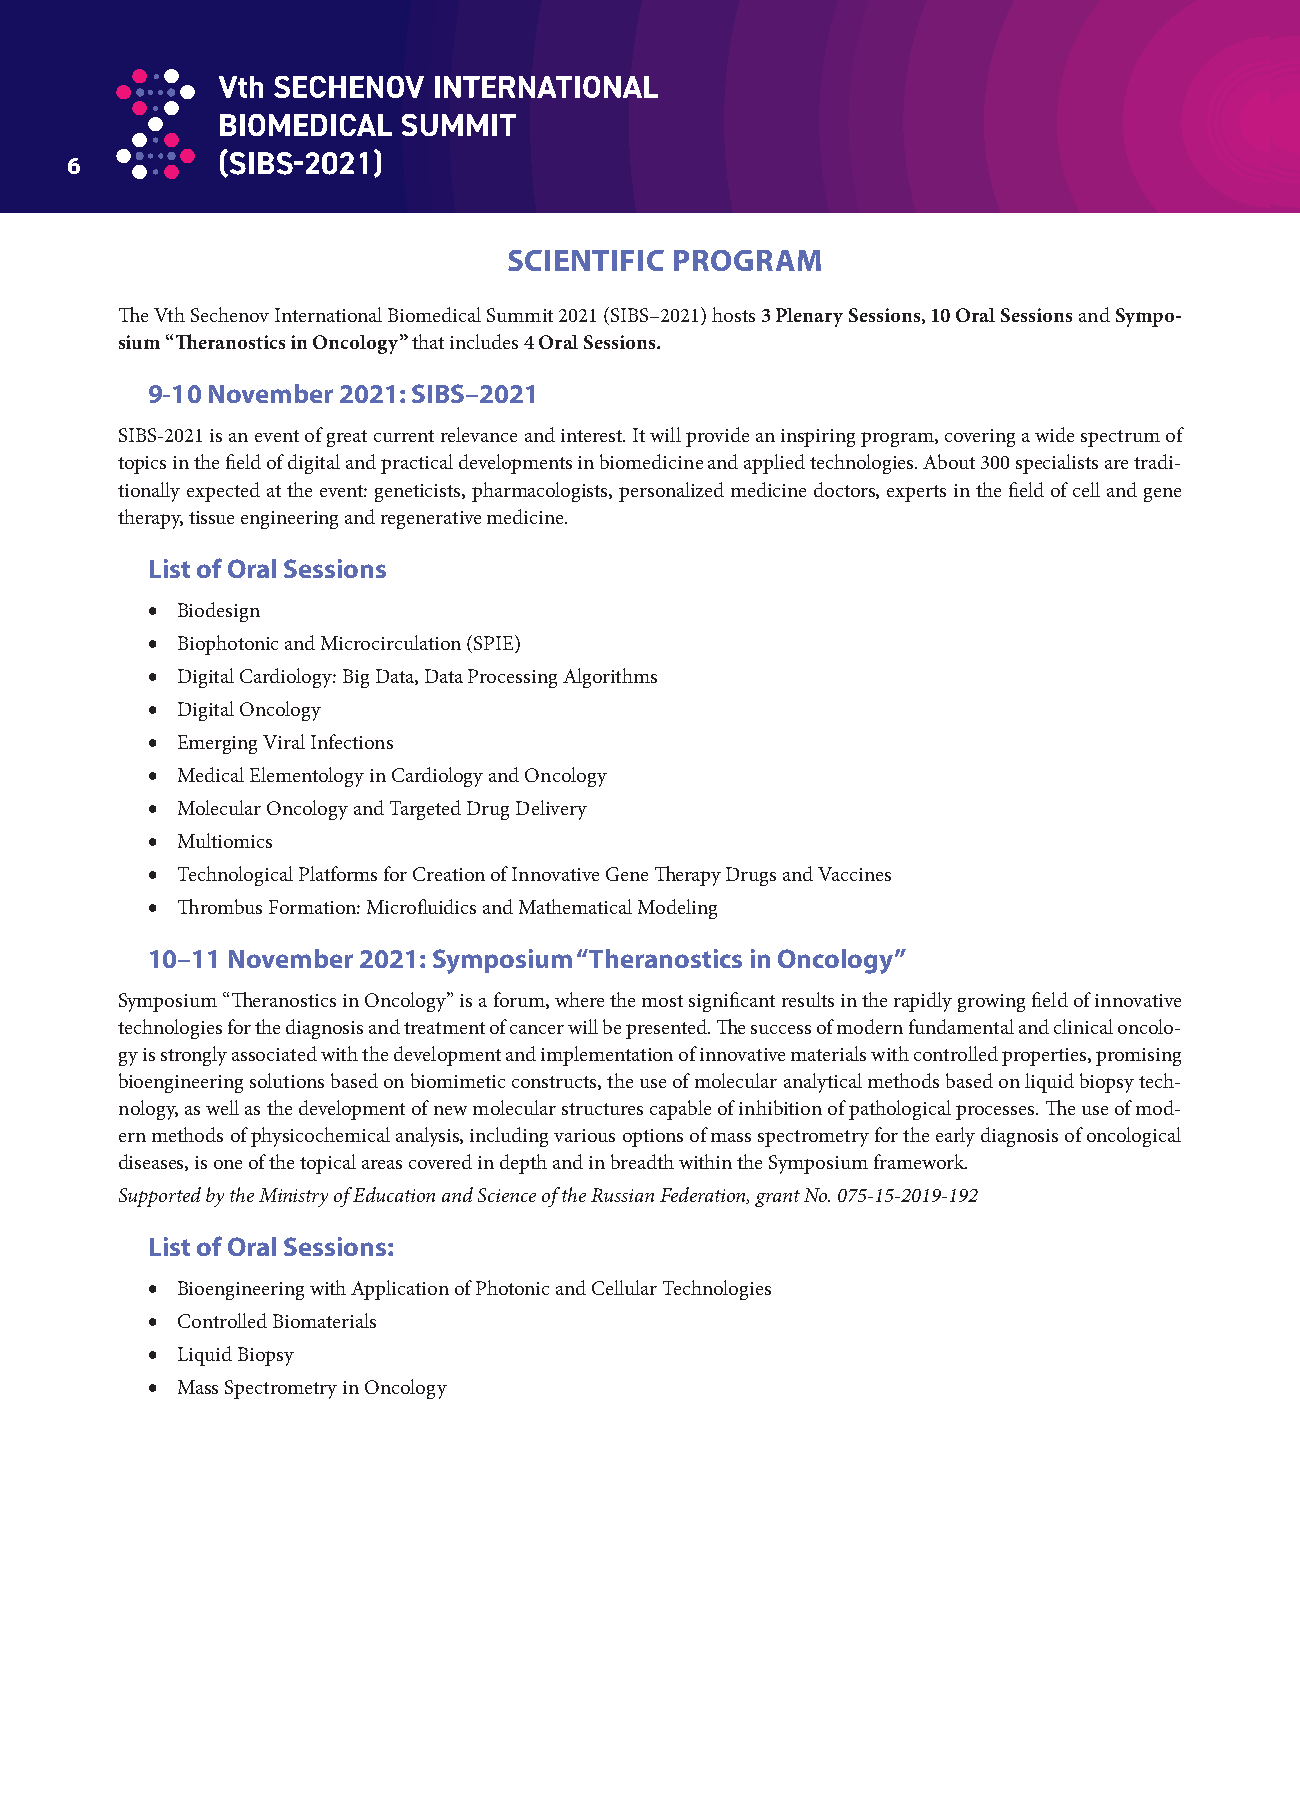
6
 SCIENTIFIC PROGRAM
 Th e Vth Sechenov International Biomedical Summit 2021 (SIBS–2021) hosts 3 Plenary Sessions, 10 Oral Sessions and Sympo-
 sium “Th eranostics in Oncology” that includes 4 Oral Sessions.
 9-10 November 2021: SIBS–2021
 SIBS-2021 is an event of great current relevance and interest. It will provide an inspiring program, covering a wide spectrum of
 topics in the fi eld of digital and practical developments in biomedicine and applied technologies. About 300 specialists are tradi-
 tionally expected at the event: geneticists, pharmacologists, personalized medicine doctors, experts in the fi eld of cell and gene
 therapy, tissue engineering and regenerative medicine.
 List of Oral Sessions
  Biodesign
  Biophotonic and Microcirculation (SPIE)
  Digital Cardiology: Big Data, Data Processing Algorithms
  Digital Oncology
  Emerging Viral Infections
  Medical Elementology in Cardiology and Oncology
  Molecular Oncology and Targeted Drug Delivery
  Multiomics
  Technological Platforms for Creation of Innovative Gene Th erapy Drugs and Vaccines
  Th rombus Formation: Microfl uidics and Mathematical Modeling
 10–11 November 2021: Symposium “Theranostics in Oncology”
 Symposium “Th eranostics in Oncology” is a forum, where the most signifi cant results in the rapidly growing fi eld of innovative
 technologies for the diagnosis and treatment of cancer will be presented. Th e success of modern fundamental and clinical oncolo-
 gy is strongly associated with the development and implementation of innovative materials with controlled properties, promising
 bioengineering solutions based on biomimetic constructs, the use of molecular analytical methods based on liquid biopsy tech-
 nology, as well as the development of new molecular structures capable of inhibition of pathological processes. Th e use of mod-
 ern methods of physicochemical analysis, including various options of mass spectrometry for the early diagnosis of oncological
 diseases, is one of the topical areas covered in depth and in breadth within the Symposium framework.
 Supported by the Ministry of Education and Science of the Russian Federation, grant No. 075-15-2019-192
 List of Oral Sessions:
  Bioengineering with Application of Photonic and Cellular Technologies
  Controlled Biomaterials
  Liquid Biopsy
  Mass Spectrometry in Oncology